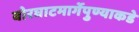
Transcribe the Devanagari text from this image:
बोरघाटमार्गेपुण्याकडे